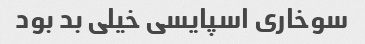
سوخاری اسپایسی خیلی بد بود